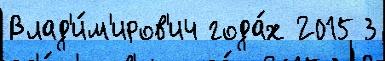
Влад'и́м'иров'ич года́х 2015 3